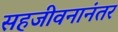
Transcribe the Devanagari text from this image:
सहजीवनानंतर